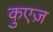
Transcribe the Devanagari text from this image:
कुएज़